Source: Handwritten
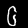
Digit: ၆ (6)